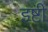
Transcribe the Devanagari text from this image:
इष्टी